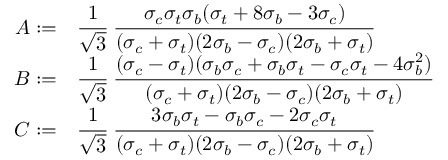
{ \begin{array} { r l } { A : = } & { { \cfrac { 1 } { \sqrt { 3 } } } ~ { \cfrac { \sigma _ { c } \sigma _ { t } \sigma _ { b } ( \sigma _ { t } + 8 \sigma _ { b } - 3 \sigma _ { c } ) } { ( \sigma _ { c } + \sigma _ { t } ) ( 2 \sigma _ { b } - \sigma _ { c } ) ( 2 \sigma _ { b } + \sigma _ { t } ) } } } \\ { B : = } & { { \cfrac { 1 } { \sqrt { 3 } } } ~ { \cfrac { ( \sigma _ { c } - \sigma _ { t } ) ( \sigma _ { b } \sigma _ { c } + \sigma _ { b } \sigma _ { t } - \sigma _ { c } \sigma _ { t } - 4 \sigma _ { b } ^ { 2 } ) } { ( \sigma _ { c } + \sigma _ { t } ) ( 2 \sigma _ { b } - \sigma _ { c } ) ( 2 \sigma _ { b } + \sigma _ { t } ) } } } \\ { C : = } & { { \cfrac { 1 } { \sqrt { 3 } } } ~ { \cfrac { 3 \sigma _ { b } \sigma _ { t } - \sigma _ { b } \sigma _ { c } - 2 \sigma _ { c } \sigma _ { t } } { ( \sigma _ { c } + \sigma _ { t } ) ( 2 \sigma _ { b } - \sigma _ { c } ) ( 2 \sigma _ { b } + \sigma _ { t } ) } } } \end{array} }